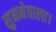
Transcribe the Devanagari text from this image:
सुननेवाला।